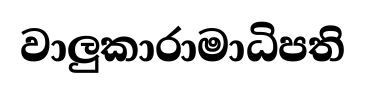
වාලුකාරාමාධිපති